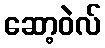
ဆော့ဝဲလ်